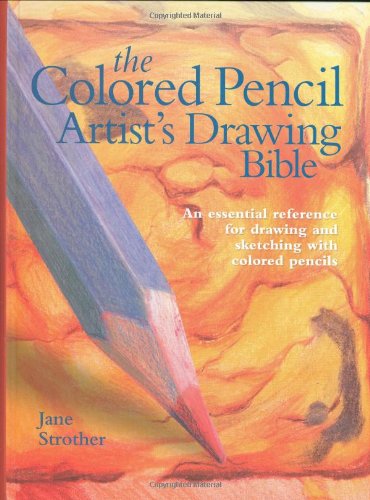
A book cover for Colored Pencil Artist's Drawing Bible: An Essential Reference for Drawing and Sketching with Colored Pencils (Artist's Bibles); Jane Strother; Arts & Photography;